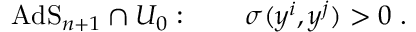
\mathrm { A d S } _ { n + 1 } \cap { \cal U } _ { 0 } : ~ ~ ~ ~ ~ ~ \sigma ( y ^ { i } , y ^ { j } ) > 0 ~ .